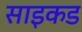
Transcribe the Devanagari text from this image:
साइकड